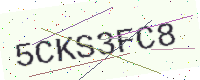
Text: 5CKS3FC8